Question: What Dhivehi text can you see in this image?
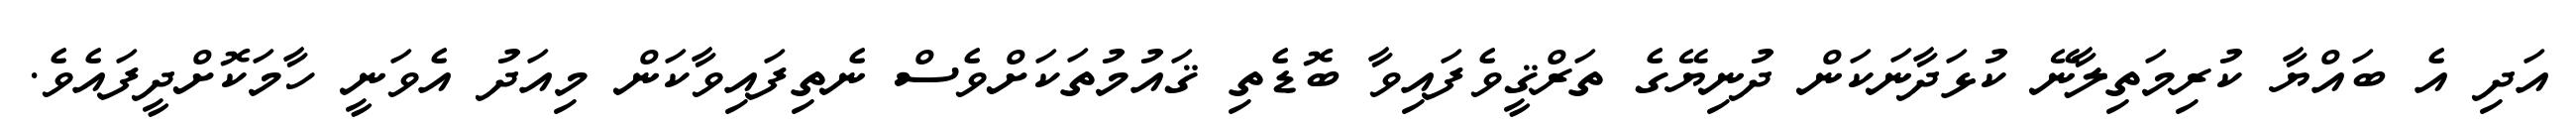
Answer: އަދި އެ ބައްޔާ ކުރިމަތިލާނޭ ކުޅަދާނަކަން ދުނިޔޭގެ ތަރްޤީވެފައިވާ ބޮޑެތި ޤައުމުތަކަށްވެސް ނެތިފައިވާކަން މިއަދު އެވަނީ ހާމަކޮށްދީފައެވެ.